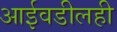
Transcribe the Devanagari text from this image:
आईवडीलही